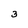
Character: 3